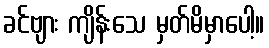
ခင်ဗျား ကျိန်းသေ မှတ်မိမှာပေါ့။